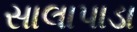
સાલાપાડા